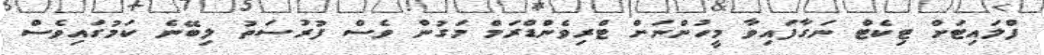
ފްލައިޓަށް ޓިކެޓް ނަގާފައިވާ މީހުންނަށް ޓްރިވެންޑްރަމް މަގުން ވެސް ފުރުސަތު ލިބޭނެ ކަމުގައިވެސް